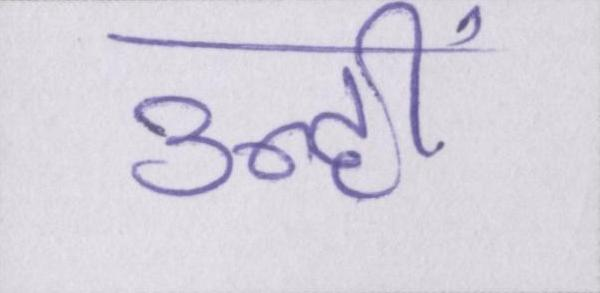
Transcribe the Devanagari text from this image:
उन्हीं